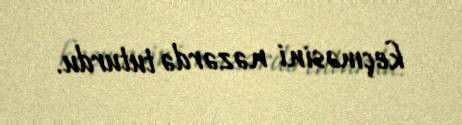
keçməsini nəzərdə tuturdu.